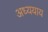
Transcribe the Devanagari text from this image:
अध्ययाय